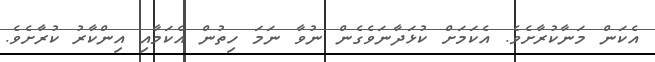
އެކަން މަނާކުރާށެވެ. އެކަމަށް ކުޅަދާނަވެގެން ނުވާ ނަމަ ހިތުން އެކަމާއި އިންކާރު ކުރާށެވެ.